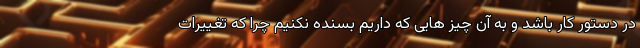
در دستور کار باشد و به آن چیز هایی که داریم بسنده نکنیم چرا که تغییرات